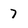
Character: 7